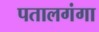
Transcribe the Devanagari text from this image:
पतालगंगा